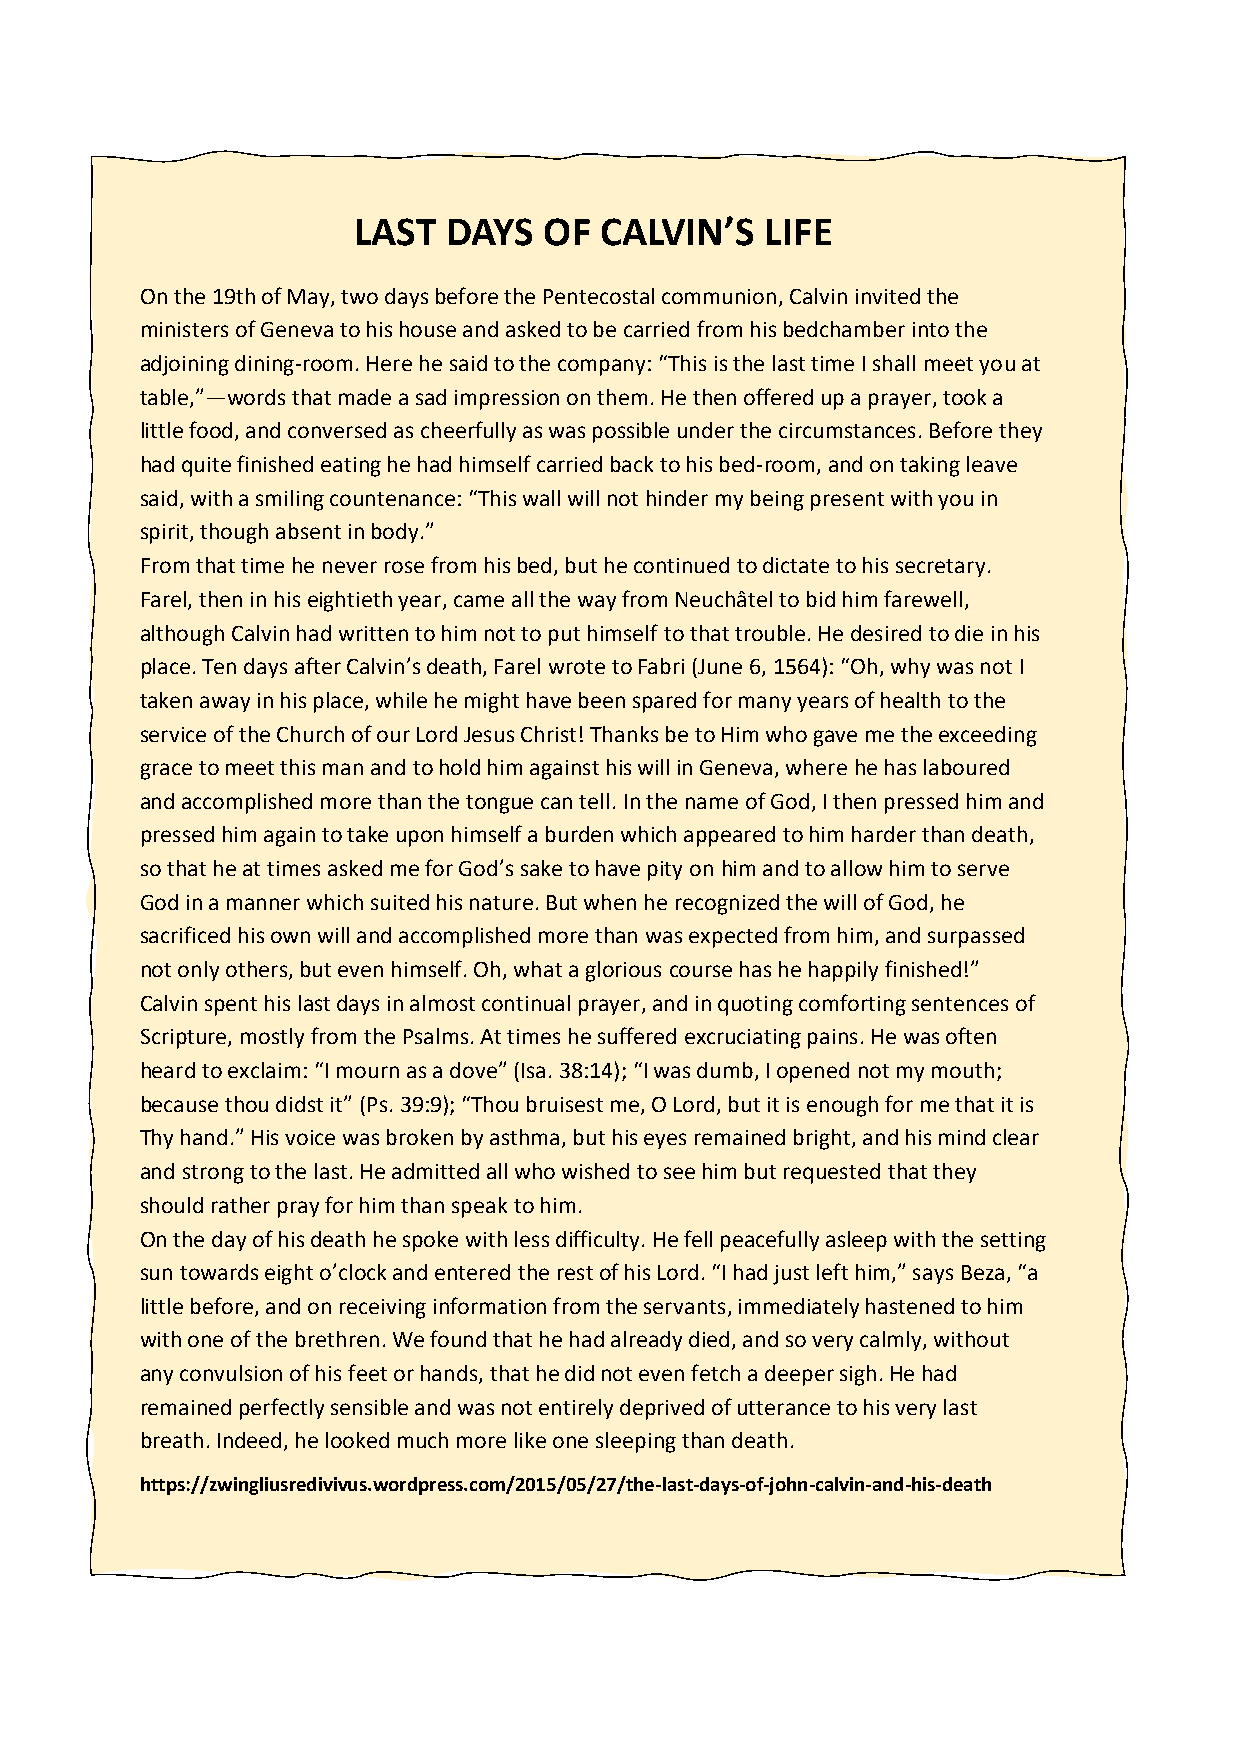
LAST  DAYS   OF  CALVIN’S   LIFE
 On the 19th of May, two days before the Pentecostal communion, Calvin invited the
 ministers of Geneva to his house and asked to be carried from his bedchamber into the
 adjoining dining-room. Here he said to the company: “This is the last time I shall meet you at
 table,”—words that made a sad impression on them. He then offered up a prayer, took a
 little food, and conversed as cheerfully as was possible under the circumstances. Before they
 had quite finished eating he had himself carried back to his bed-room, and on taking leave
 said, with a smiling countenance: “This wall will not hinder my being present with you in
 spirit, though absent in body.”
 From that time he never rose from his bed, but he continued to dictate to his secretary.
 Farel, then in his eightieth year, came all the way from Neuchâtel to bid him farewell,
 although Calvin had written to him not to put himself to that trouble. He desired to die in his
 place. Ten days after Calvin’s death, Farel wrote to Fabri (June 6, 1564): “Oh, why was not I
 taken away in his place, while he might have been spared for many years of health to the
 service of the Church of our Lord Jesus Christ! Thanks be to Him who gave me the exceeding
 grace to meet this man and to hold him against his will in Geneva, where he has laboured
 and accomplished more than the tongue can tell. In the name of God, I then pressed him and
 pressed him again to take upon himself a burden which appeared to him harder than death,
 so that he at times asked me for God’s sake to have pity on him and to allow him to serve
 God in a manner which suited his nature. But when he recognized the will of God, he
 sacrificed his own will and accomplished more than was expected from him, and surpassed
 not only others, but even himself. Oh, what a glorious course has he happily finished!”
 Calvin spent his last days in almost continual prayer, and in quoting comforting sentences of
 Scripture, mostly from the Psalms. At times he suffered excruciating pains. He was often
 heard to exclaim: “I mourn as a dove” (Isa. 38:14); “I was dumb, I opened not my mouth;
 because thou didst it” (Ps. 39:9); “Thou bruisest me, O Lord, but it is enough for me that it is
 Thy hand.” His voice was broken by asthma, but his eyes remained bright, and his mind clear
 and strong to the last. He admitted all who wished to see him but requested that they
 should rather pray for him than speak to him.
 On the day of his death he spoke with less difficulty. He fell peacefully asleep with the setting
 sun towards eight o’clock and entered the rest of his Lord. “I had just left him,” says Beza, “a
 little before, and on receiving information from the servants, immediately hastened to him
 with one of the brethren. We found that he had already died, and so very calmly, without
 any convulsion of his feet or hands, that he did not even fetch a deeper sigh. He had
 remained perfectly sensible and was not entirely deprived of utterance to his very last
 breath. Indeed, he looked much more like one sleeping than death.
 https://zwingliusredivivus.wordpress.com/2015/05/27/the-last-days-of-john-calvin-and-his-death